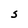
Character: S